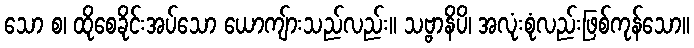
သော စ၊ ထိုစေခိုင်းအပ်သော ယောကျ်ားသည်လည်း။ သဗ္ဗာနိပိ၊ အလုံးစုံလည်းဖြစ်ကုန်သော။